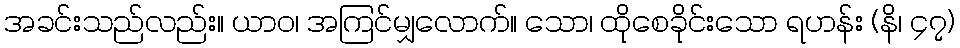
အခင်းသည်လည်း။ ယာဝ၊ အကြင်မျှလောက်။ သော၊ ထိုစေခိုင်းသော ရဟန်း (နိ၊ ၄၇)